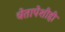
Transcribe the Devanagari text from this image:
चेतापेशीही